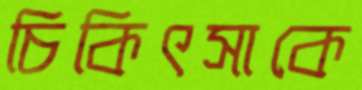
চিকিৎসাকে